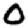
Digit: 0